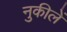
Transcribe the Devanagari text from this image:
नुकीलें